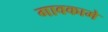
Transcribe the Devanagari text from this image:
गावकामे